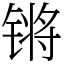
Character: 锵